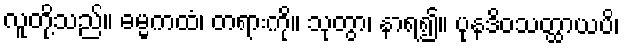
လူတို့သည်။ ဓမ္မကထံ၊ တရားကို။ သုတွာ၊ နာရ၍။ ပုနဒိဝသတ္ထာယပိ၊